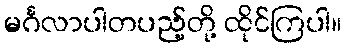
မင်္ဂလာပါတပည့်တို့ ထိုင်ကြပါ။